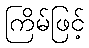
ကြိမ်ဖြင့်